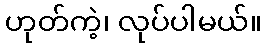
ဟုတ်ကဲ့၊ လုပ်ပါမယ်။